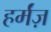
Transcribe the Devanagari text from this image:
हर्मंज़